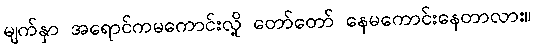
မျက်နှာ အရောင်ကမကောင်းလို့ တော်တော် နေမကောင်းနေတာလား။